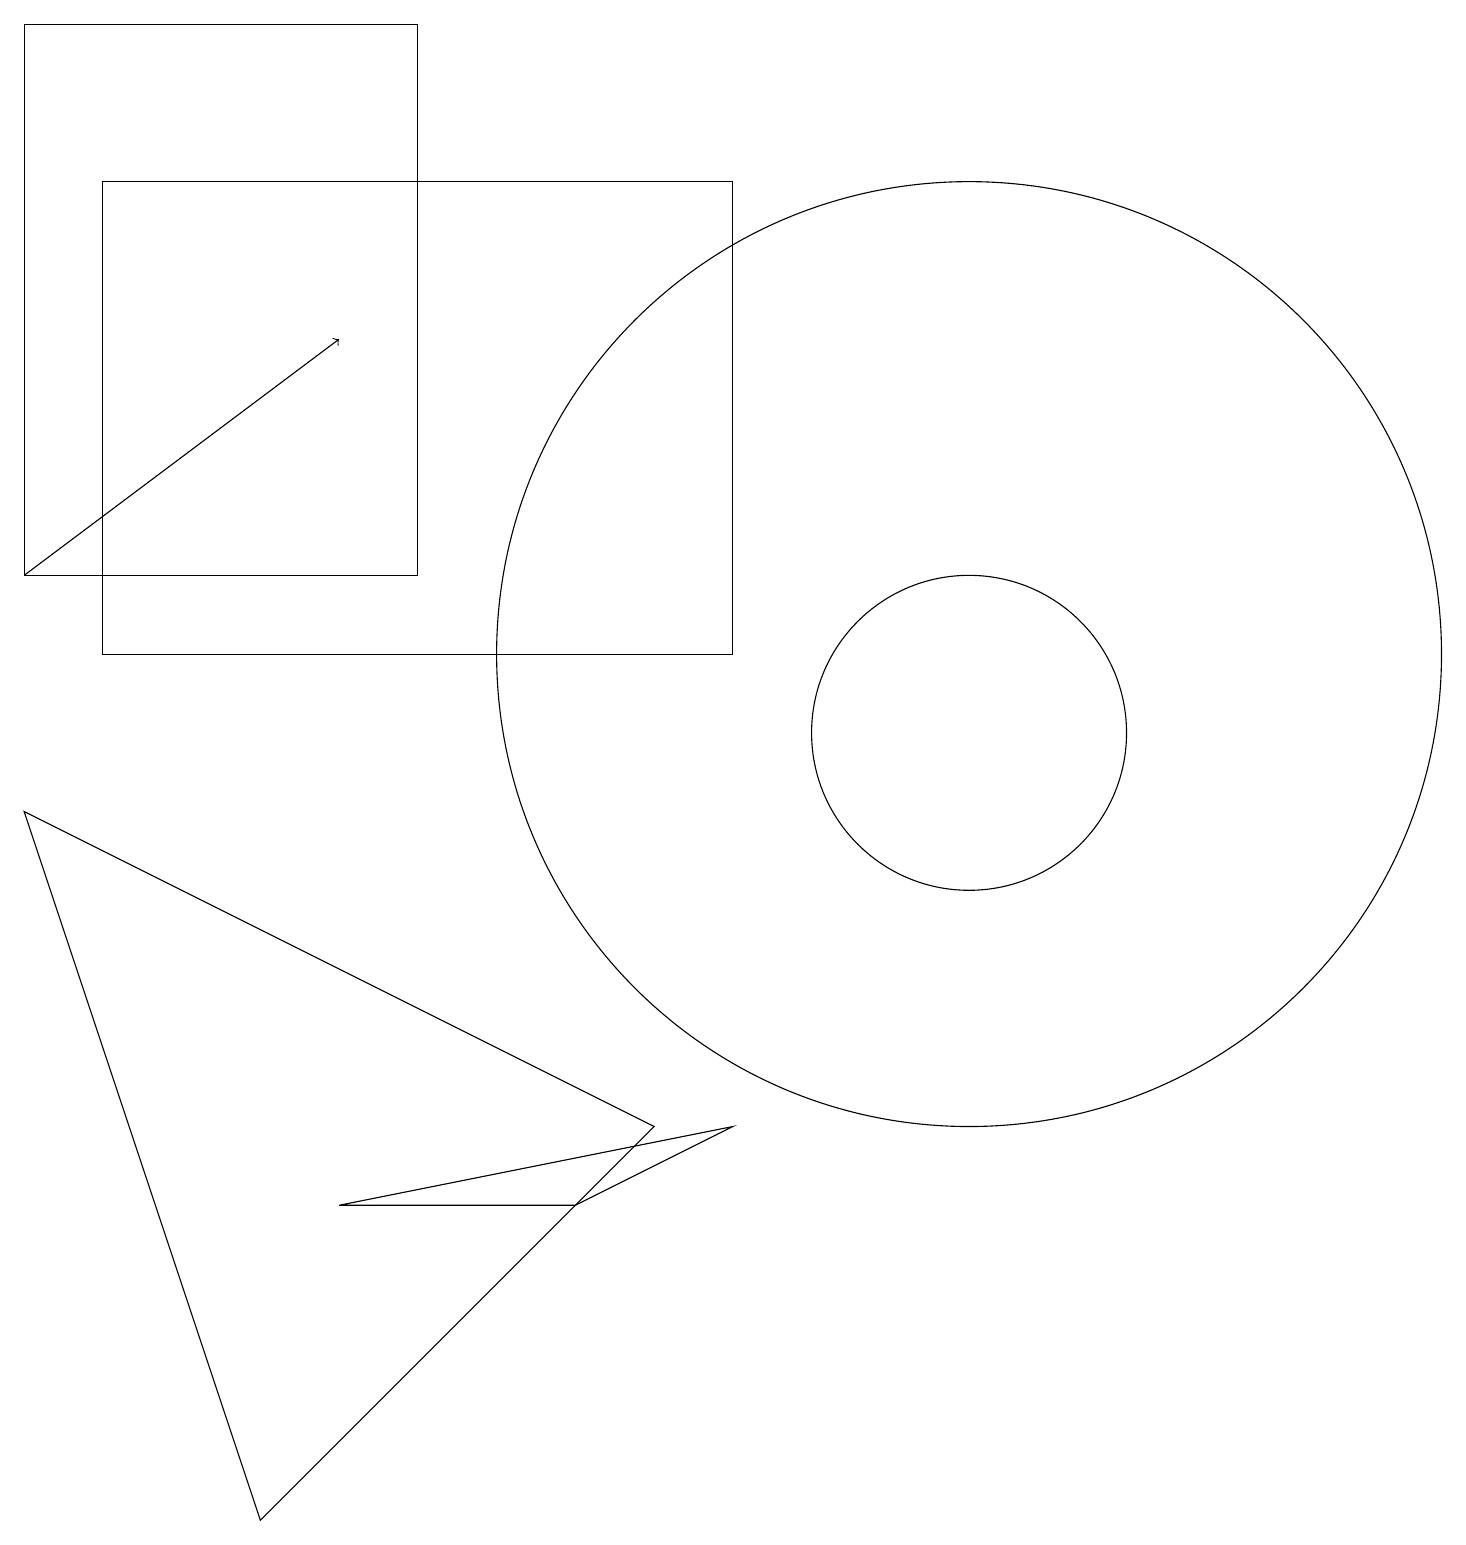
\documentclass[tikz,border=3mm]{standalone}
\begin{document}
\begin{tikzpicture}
\draw (4,4) -- (9,5) -- (7,4) -- cycle;
\draw (5,19) rectangle (0,12);
\draw (9,11) rectangle (1,17);
\draw (0,9) -- (8,5) -- (3,0) -- cycle;
\draw (12,11) circle (6);
\draw (12,10) circle (2);
\draw[->] (0,12) -- (4,15);
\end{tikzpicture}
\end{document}